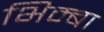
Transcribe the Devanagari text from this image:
भिम्बा